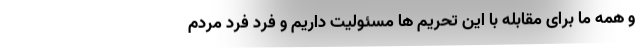
و همه ما برای مقابله با این تحریم ها مسئولیت داریم و فرد فرد مردم